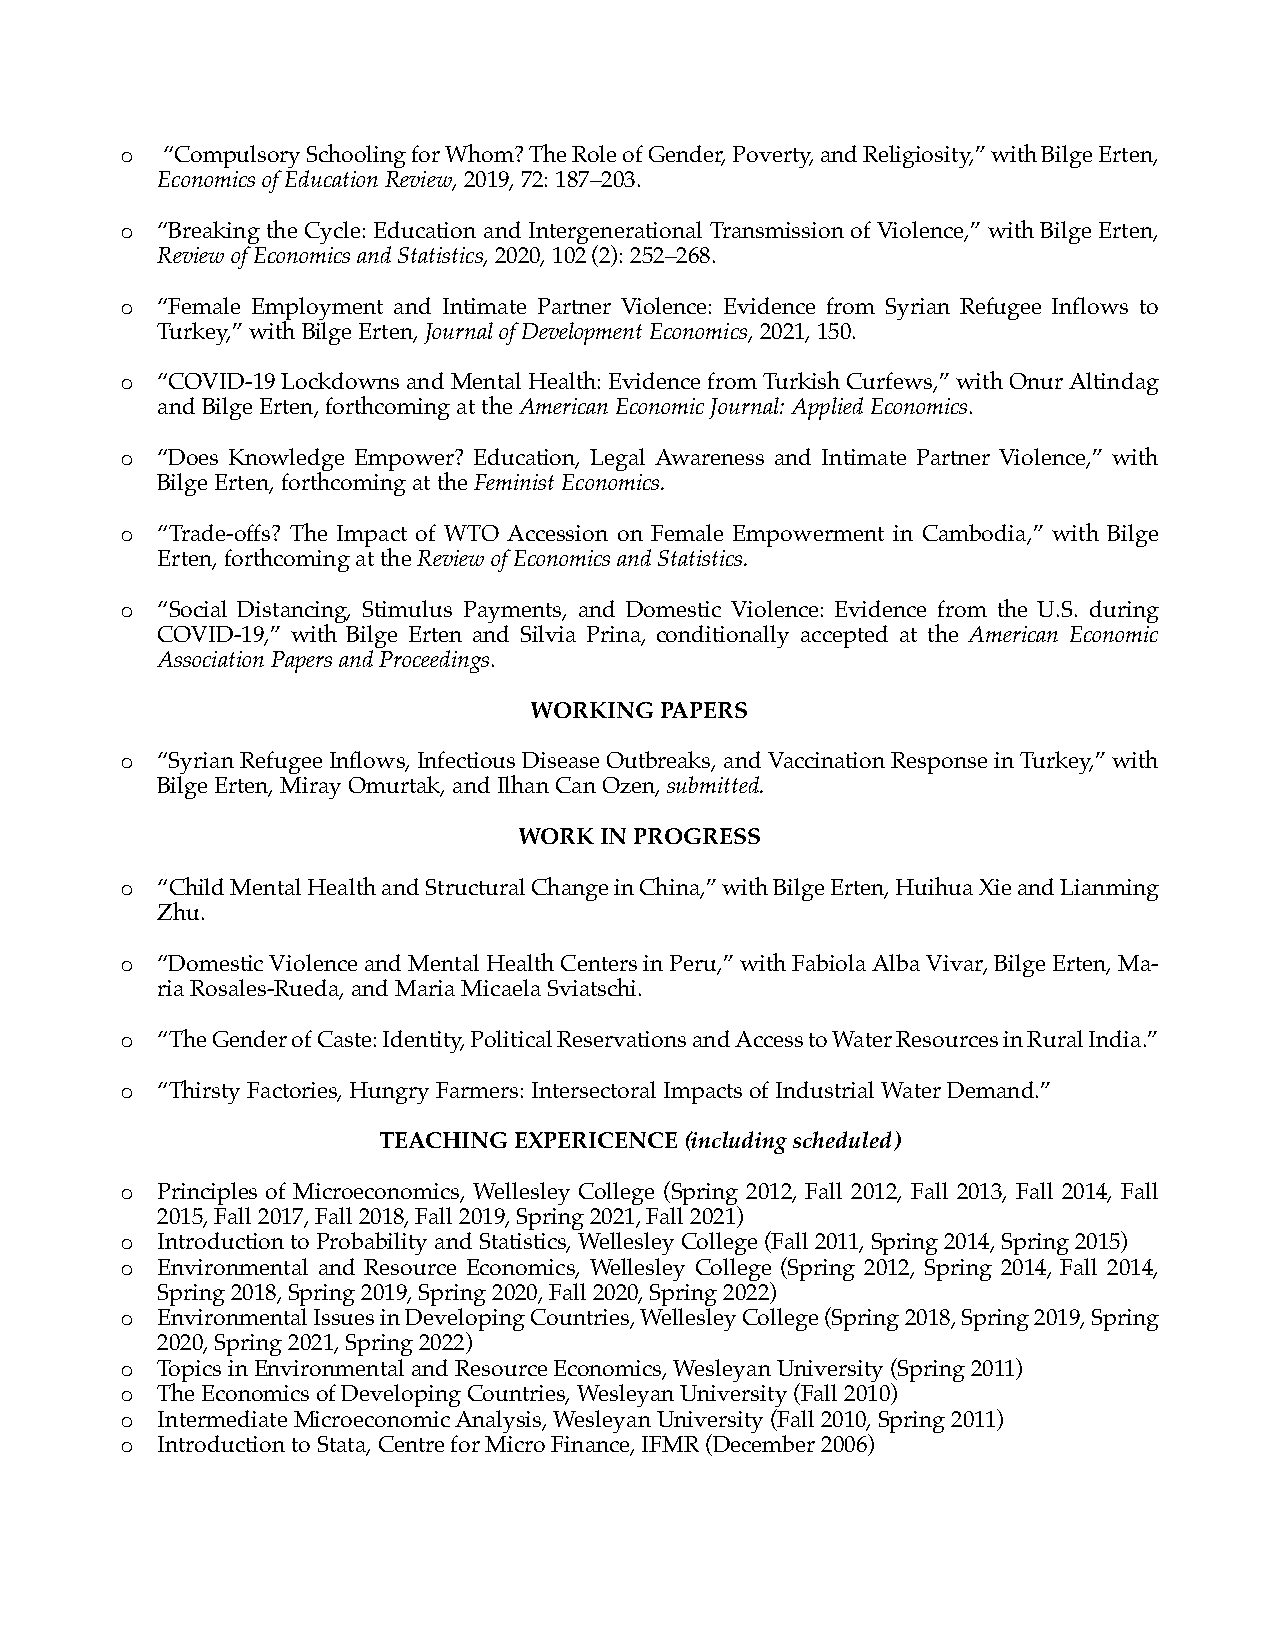
o  “Compulsory Schooling for Whom? The Role of Gender, Poverty, and Religiosity,” with Bilge Erten,
 Economics of Education Review, 2019, 72: 187–203.
 o “Breaking the Cycle: Education and Intergenerational Transmission of Violence,” with Bilge Erten,
 Review of Economics and Statistics, 2020, 102 (2): 252–268.
 o “Female Employment and Intimate Partner Violence: Evidence from Syrian Refugee Inflows to
 Turkey,” with Bilge Erten, Journal of Development Economics, 2021, 150.
 o “COVID-19 Lockdowns and Mental Health: Evidence from Turkish Curfews,” with Onur Altindag
 and Bilge Erten, forthcoming at the American Economic Journal: Applied Economics.
 o “Does Knowledge Empower? Education, Legal Awareness and Intimate Partner Violence,” with
 Bilge Erten, forthcoming at the Feminist Economics.
 o “Trade-offs? The Impact of WTO Accession on Female Empowerment in Cambodia,” with Bilge
 Erten, forthcoming at the Review of Economics and Statistics.
 o “Social Distancing, Stimulus Payments, and Domestic Violence: Evidence from the U.S. during
 COVID-19,” with Bilge Erten and Silvia Prina, conditionally accepted at the American Economic
 Association Papers and Proceedings.
 WORKING  PAPERS
 o “Syrian Refugee Inflows, Infectious Disease Outbreaks, and Vaccination Response in Turkey,” with
 Bilge Erten, Miray Omurtak, and Ilhan Can Ozen, submitted.
 WORK  IN PROGRESS
 o “Child Mental Health and Structural Change in China,” with Bilge Erten, Huihua Xie and Lianming
 Zhu.
 o “Domestic Violence and Mental Health Centers in Peru,” with Fabiola Alba Vivar, Bilge Erten, Ma-
 ria Rosales-Rueda, and Maria Micaela Sviatschi.
 o “The Gender of Caste: Identity, Political Reservations and Access to Water Resources in Rural India.”
 o “Thirsty Factories, Hungry Farmers: Intersectoral Impacts of Industrial Water Demand.”
 TEACHING EXPERICENCE (including scheduled)
 o Principles of Microeconomics, Wellesley College (Spring 2012, Fall 2012, Fall 2013, Fall 2014, Fall
 2015, Fall 2017, Fall 2018, Fall 2019, Spring 2021, Fall 2021)
 o Introduction to Probability and Statistics, Wellesley College (Fall 2011, Spring 2014, Spring 2015)
 o Environmental and Resource Economics, Wellesley College (Spring 2012, Spring 2014, Fall 2014,
 Spring 2018, Spring 2019, Spring 2020, Fall 2020, Spring 2022)
 o Environmental Issues in Developing Countries, Wellesley College (Spring 2018, Spring 2019, Spring
 2020, Spring 2021, Spring 2022)
 o Topics in Environmental and Resource Economics, Wesleyan University (Spring 2011)
 o The Economics of Developing Countries, Wesleyan University (Fall 2010)
 o Intermediate Microeconomic Analysis, Wesleyan University (Fall 2010, Spring 2011)
 o Introduction to Stata, Centre for Micro Finance, IFMR (December 2006)